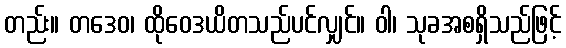
တည်း။ တဒေဝ၊ ထိုဝေဒယိတသည်ပင်လျှင်။ ဝါ၊ သုခအစရှိသည်ဖြင့်